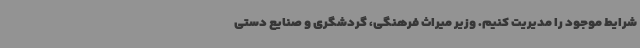
شرایط موجود را مدیریت کنیم. وزیر میراث فرهنگی، گردشگری و صنایع دستی